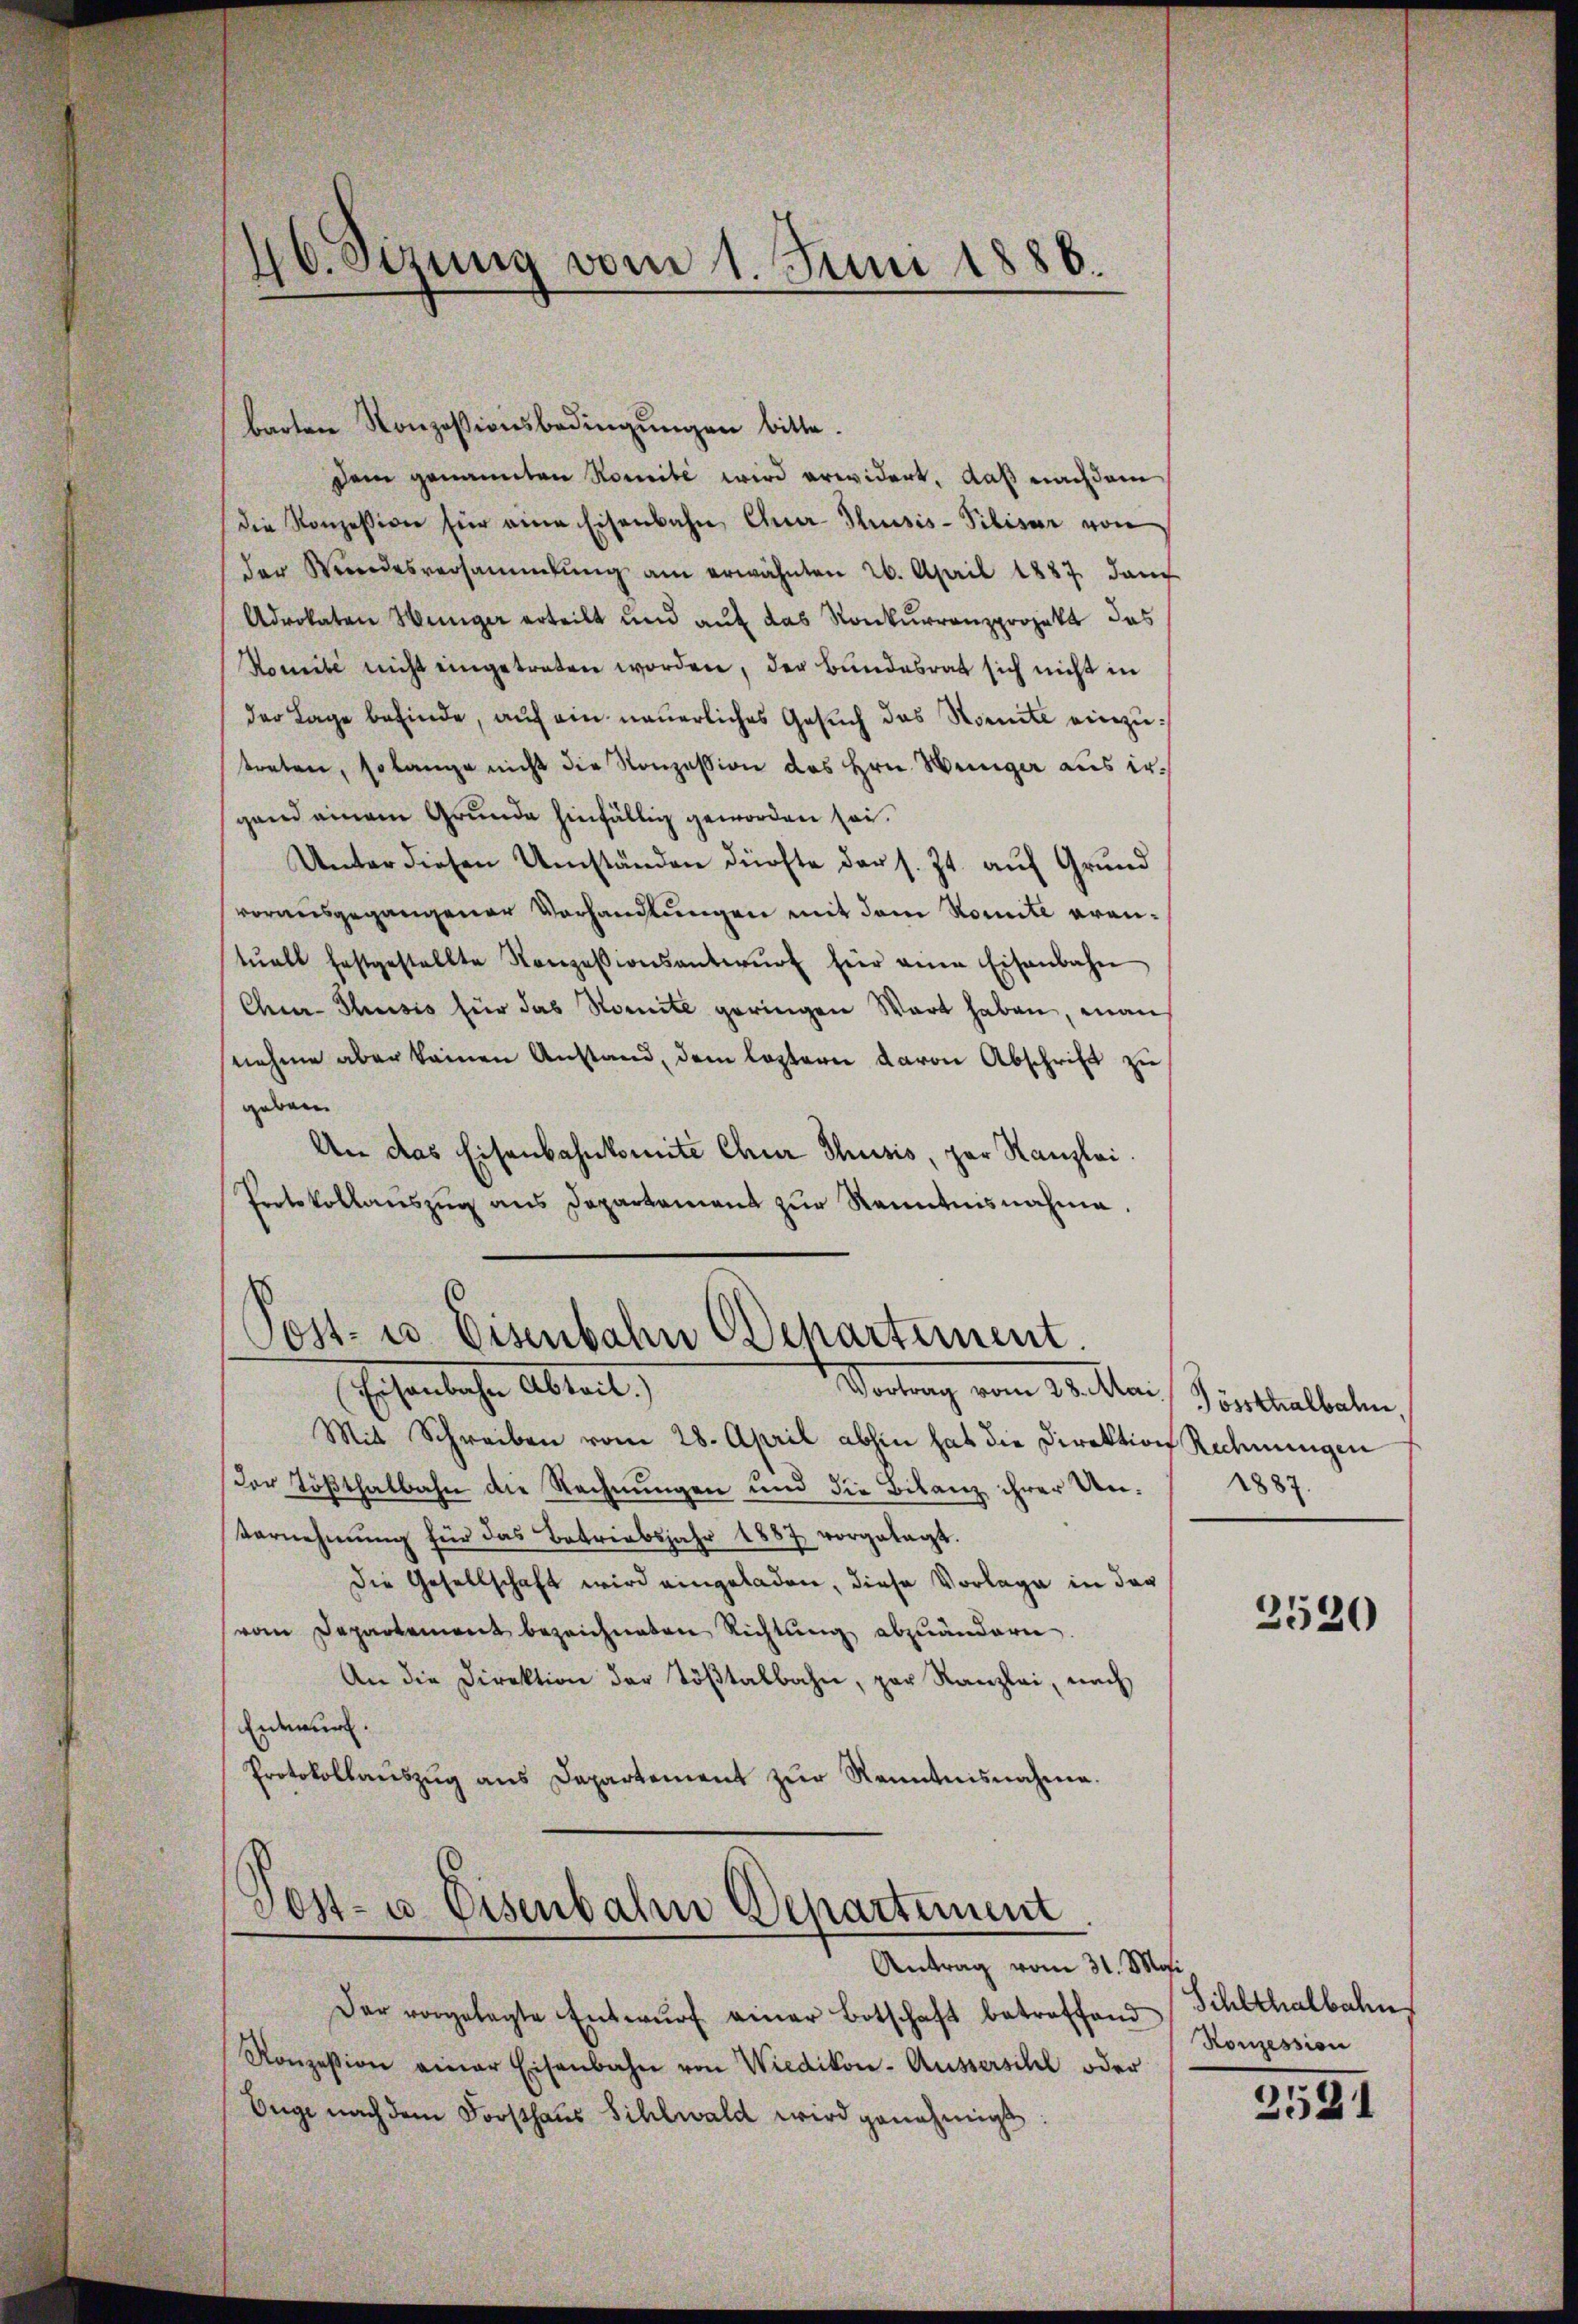
barten Konzessionsbedingungen bitte.
Dem genannten Nomite wird erwidert, daß nachdem
die Konzession für eine Eisenbahn, Quer-Trusis-Vilisar von
der Wundesversammlung am erwähnten 26. April 1887 dam
Advokaten Hunger erteilt und auf das Konkurrenzprojekt das
Komité nicht eingetreten worden, der Bundesrat sich nicht in
der Lage befinde, auf ein neuerliches Gesŭch das Somite einzutreten, so lange nicht die Konzession des Hrn. Weniger aus ergand einem Grunde hinfällig geworden sei.
Unter diesen Umständen dürfte der s. Zt. auf Grund
vorausgegangener Vorhandlungen mit dem Komite arantŭell festgestellte Konzessionsantwŭrf hier eine Eisenbahn
Chur-Thusis für das Nomite geringen Wart haben, man
nahme aber keinen Anstand, dem leztern davon Abschrift zu
geben
An das Eisenbahnkomite Chur Thusis, par Kanzlei.
Protokollaŭszŭg ans Departement zŭr Kenntnisnahme.
Post- u. Eisenbahn Departement.
Vortrag vom 14. Man
Hosentlichen Abteil,
Mit Schreiben vom 28. April abhin hat die Direktion Rechnungen
Der Tößthalbahn die Rechnŭngen und die Bilanz ihrer Un- 1887.
Vornehmung für das Betriebsjahr 1887 vorgelegt.
Die Gesellschaft wird eingeladen, diese Vorlage in der
vom Departement bezeichneten Richtung abzuändern.
An die Direktion der Töβtalbahn, par Kanzlei, nach
Entwurf.
Protokollaŭszŭg ans Departement zŭr Kenntnisnahme.
Gost- u. Eisenbahn Departement
Antrag vom 31. Mai
Der vorgelegte Entwŭrf einer Botschaft betreffend
Konzession einer Eisenbahn von Wiedikon-Aussersihl oder
Enge nach dem Forsthaŭs Sihlwald wird genehmigt:

46. Sezung vom 1. Juni 1886.

Tössthalbahn

2520

Sihlthalbahn
Konzession

2521